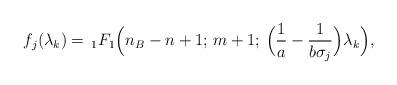
LaTeX: \begin{align*}f_j(\lambda_k)=\,_1F_1\Big(n_B-n+1;\,m+1;\, \Big(\frac{1}{a}-\frac{1}{b\sigma_{j}}\Big) \lambda_k\Big),\end{align*}